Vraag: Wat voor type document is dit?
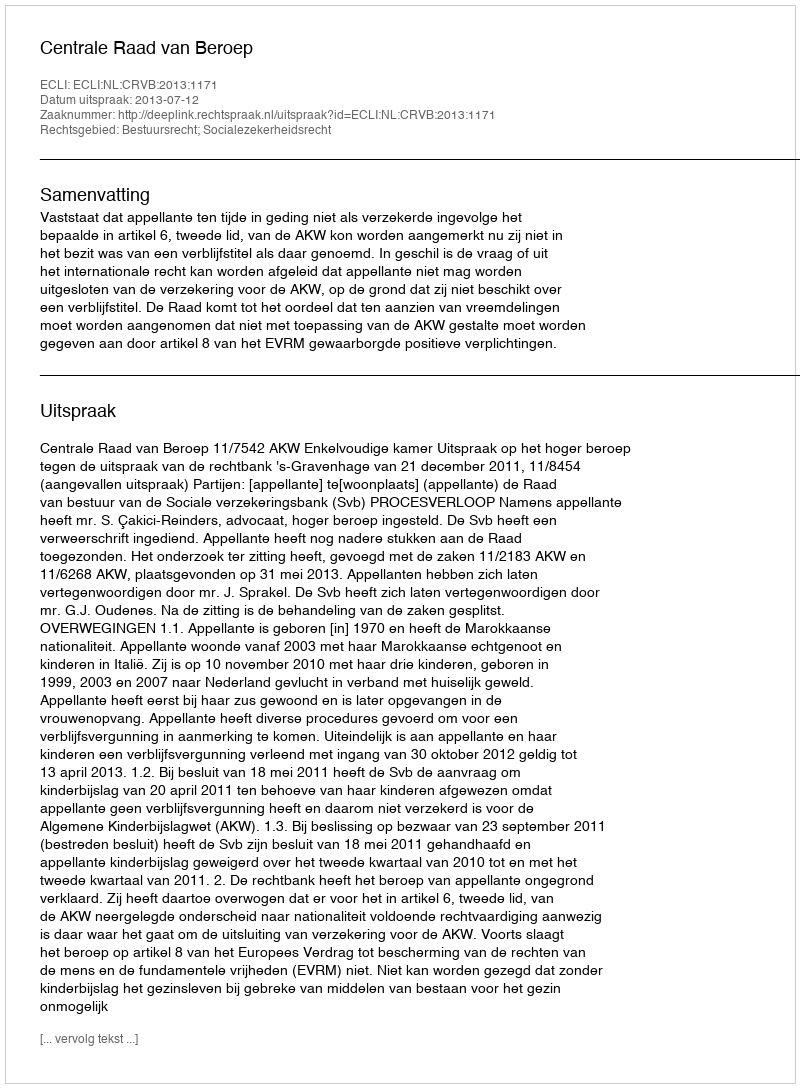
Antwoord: Uitspraak